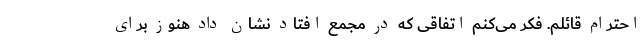
احترام قائلم. فکر می‌کنم اتفاقی که در مجمع افتاد نشان داد هنوز برای